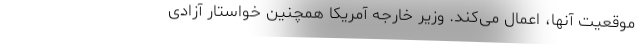
موقعیت آنها، اعمال می‌کند. وزیر خارجه آمریکا همچنین خواستار آزادی